Report on horse surra - Volume I
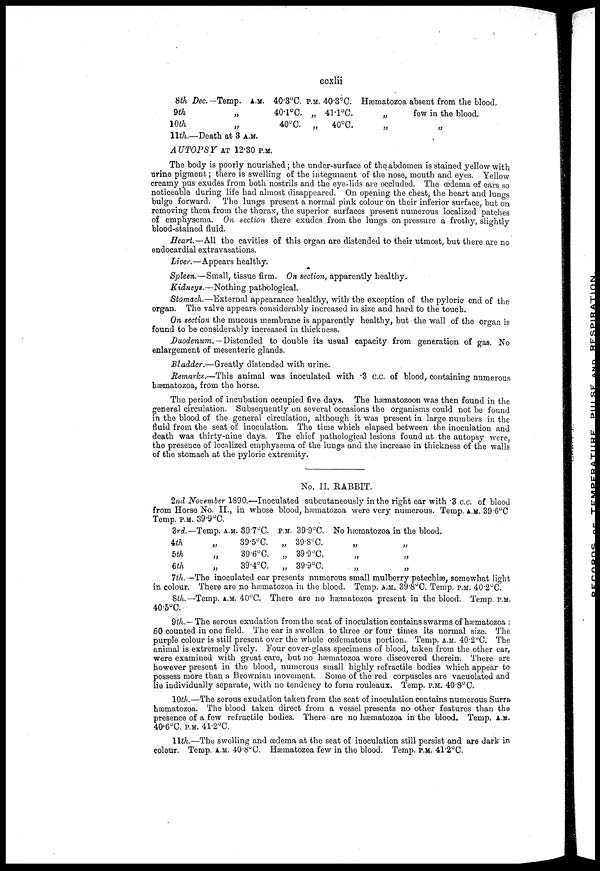
ccxlii
8th Dec—Temp. A.M.
9th
„
10th
„
11th.—Death at 3 A.M.
40.3°C.
40.1°C.
40°C.
P.M. 40.3°C.
„ 41.1.C.
„
40°C.
Hæmatozoa absent from the blood.
„
few in the blood.
„ „
AUTOPSY AT 12.30 P.M.
The body is poorly nourished; the under-surface of the abdomen is stained yellow with
urine pigment; there is swelling of the integument of the nose, mouth and eyes. Yellow
creamy pus exudes from both nostrils and the eye-lids are occluded. The œdema of ears so
noticeable during life had almost disappeared. On opening the chest, the heart and lungs
bulge forward.
The lungs present a normal pink colour on their inferior surface, but on
removing them from the thorax, the superior surfaces present numerous localized patches
of emphysema. On section there exudes from the lungs on pressure a frothy, slightly
blood-stained fluid.
Heart.—All the cavities of this organ are distended to their utmost, but there are no
endocardial extravasations.
Liver.—Appears healthy.
Spleen.—Small, tissue firm. On section, apparently healthy.
Kidneys.—Nothing pathological.
Stomach.—External appearance healthy, with the exception of the pyloric end of the
organ. The valve appears considerably increased in size and hard to the touch.
On section the mucous membrane is apparently healthy, but the wall of the organ is
found to be considerably increased in thickness.
Duodenum.— Distended to double its usual capacity from generation of gas. No
enlargement of mesenteric glands.
Bladder.—Greatly distended with urine.
Remarks.—This animal was inoculated with .3 c.c. of blood, containing numerous
hæmatozoa, from the horse.
The period of incubation occupied five days. The hæmatozoon was then found in the
general circulation. Subsequently on several occasions the organisms could not be found
in the blood of the general circulation, although it was present in large numbers in the
fluid from the seat of inoculation. The time which elapsed between the inoculation and
death was thirty-nine days. The chief pathological lesions found at the autopsy were,
the presence of localized emphysema of the lungs and the increase in thickness of the walls
of the stomach at the pyloric extremity.
No. II. RABBIT.
2nd November 1890.—Inoculated subcutaneously in the right ear with .3 c.c. of blood
from Horse No. II., in whose blood, hæmatozoa were very numerous. Temp. A.M. 39.6°C
Temp. P.M. 39.9°C.
3rd.—
4th
5th
6th
Temp. A.M. 39.7°C.
„ 39.5°C.
„ 39.6°C.
„
39.4°C.
P.M.
„
„
„
39.9°C.
39.8°C.
39.9°C.
39.9°C.
No hæmatozoa in the blood.
„ „
„ „
„ „
7th.—The inoculated ear presents numerous small mulberry petechiæ, somewhat light
in colour. There are no hæmatozoa in the blood. Temp. A.M. 39.8°C. Temp. P.M. 40.2°C.
8th.—Temp. A.M. 40°C. There are no hæmatozoa present in the blood. Temp. P.M.
40.5°C.
9th. — The serous exudation from the seat of inoculation contains swarms of hæmatozoa ;
60 counted in one field. The ear is swollen to three or four times its normal size. The
purple colour is still present over the whole œdematous portion. Temp. A.M. 40.2°C. The
animal is extremely lively. Four cover-glass specimens of blood, taken from the other ear,
were examined with great care, but no hæmatozoa were discovered therein. There are
however present in the blood, numerous small highly refractile bodies which appear to
possess more than a Brownian movement. Some of the red corpuscles are vacuolated and
lie individually separate, with no tendency to form rouleaux. Temp. P.M. 40.8°C.
10th.—The serous exudation taken from the seat of inoculation contains numerous Surra
hæmatozoa. The blood taken direct from a vessel presents no other features than the
presence of a few refractile bodies. There are no hæmatozoa in the blood. Temp. A.M.
40.6°C. P.M. 41.2°C.
11th.—The swelling and œdema at the seat of inoculation still persist and are dark in
colour. Temp. A.M. 40.8°C. Hæmatozoa few in the blood. Temp. P.M. 41.2°C.